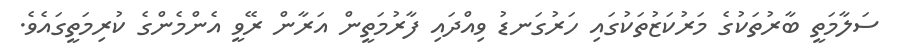
ސަލާމަތީ ބާރުތަކުގެ މަރުކަޒުތަކުގައި ހަރުގަނޑު ވިއްދައި ފާރުމަތީން އަރާން ރޭވީ އެންމެންގެ ކުރިމަތީގައެވެ.